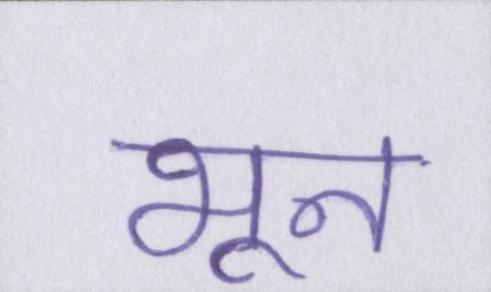
भून